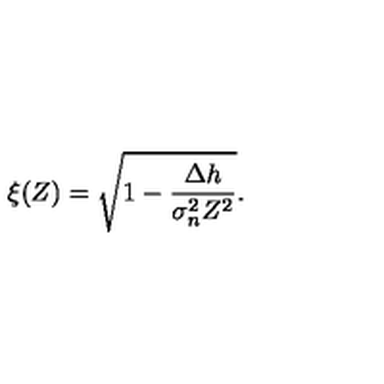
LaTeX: \xi ( Z ) = \sqrt { 1 - \frac { \Delta h } { \sigma _ { n } ^ { 2 } Z ^ { 2 } } } .